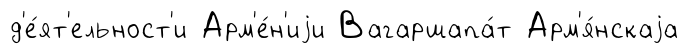
д'е́ят'ельност'и Арм'е́н'иjи Вагаршапа́т Арм'я́нскаjа